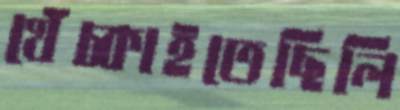
খেঁচ্‌কাইতেছিলি